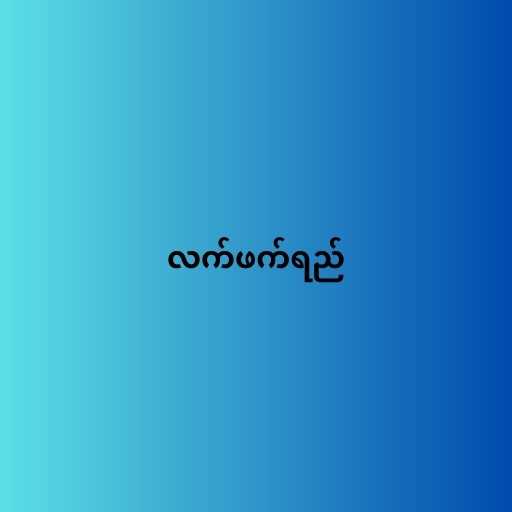
လက်ဖက်ရည်